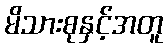
မိသားစုနှင့်အတူ